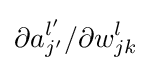
\partial a_{j'}^{l'}/\partial w_{jk}^{l}